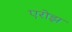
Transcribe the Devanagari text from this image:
एरोझ